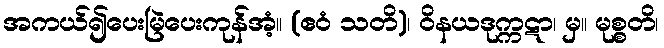
အကယ်၍ပေးမြဲပေးကုန်အံ့။ (ဧဝံ သတိ)၊ ဝိနယဒုက္ကဋာ၊ မှ။ မုစ္စတိ၊